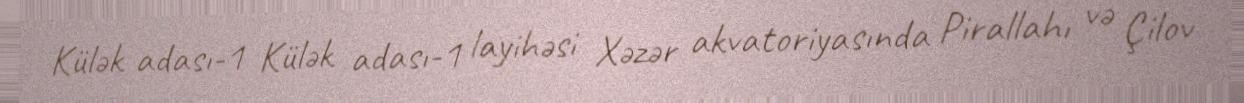
Külək adası-1 Külək adası-1 layihəsi Xəzər akvatoriyasında Pirallahı və Çilov